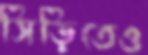
সিঁড়িতেও